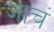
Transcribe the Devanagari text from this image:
जाचं